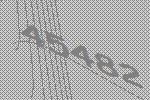
45482